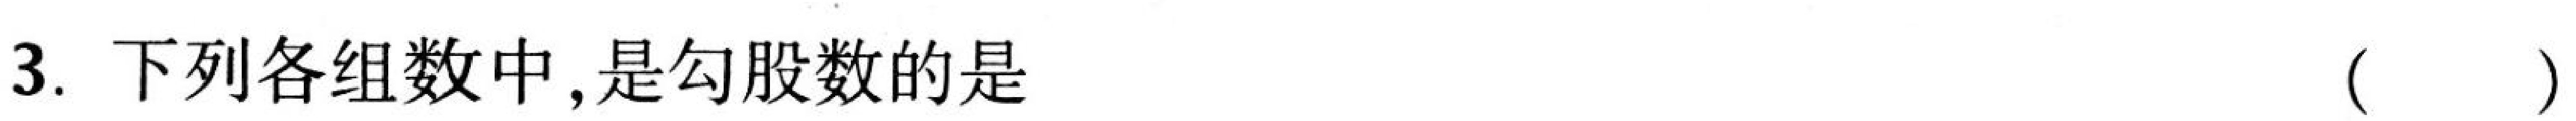
3. 下列各组数中,是勾股数的是（  ）